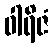
ဝါရိဇံ